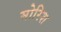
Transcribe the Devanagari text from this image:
मोरिश